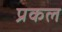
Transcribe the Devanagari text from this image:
प्रकल